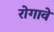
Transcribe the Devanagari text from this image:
रोगावे